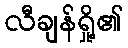
လီချန်ရှို့၏